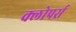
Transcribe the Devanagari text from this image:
क्लोपर्स